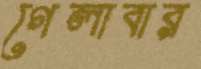
গেলাবার